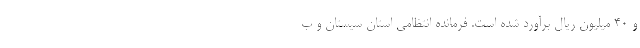
و ۴۰ میلیون ریال برآورد شده است. فرمانده انتظامی استان سیستان و ب